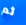
ثم